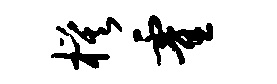
模霍